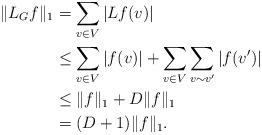
LaTeX: \begin{align*}\|L_Gf\|_1 &= \sum_{v \in V} |Lf(v)| \\ &\leq \sum_{v \in V} |f(v)| + \sum_{v \in V} \sum_{v\sim v'} |f(v')| \\ &\leq \|f\|_1 + D\|f\|_1 \\ & = (D+1)\|f\|_1. \end{align*}